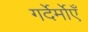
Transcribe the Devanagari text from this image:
गर्देर्मोएँ